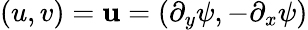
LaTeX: (u,v)=\mathbf{u}=(\partial_{y}\psi,-\partial_{x}\psi)